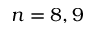
n = 8 , 9